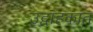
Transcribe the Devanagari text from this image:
उद्वाहकांत